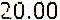
20.00